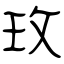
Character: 玫